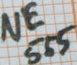
Text: NE555